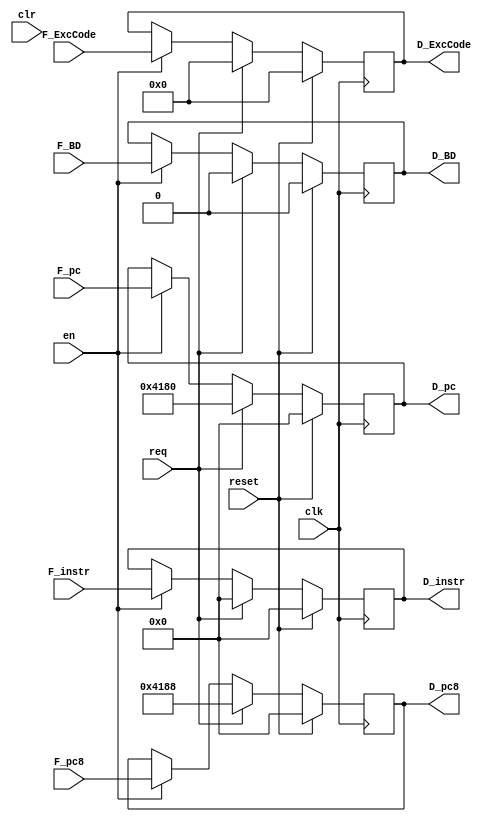
`timescale 1ns / 1ps
//////////////////////////////////////////////////////////////////////////////////
// Company: 
// Engineer: 
// 
// Design Name: 
// Module Name:    regD 
// Project Name: 
// Target Devices: 
// Tool versions: 
// Description: 
//
// Dependencies: 
//
// Revision: 
// Revision 0.01 - File Created
// Additional Comments: 
//
//////////////////////////////////////////////////////////////////////////////////
module regD(
input wire clk,
input wire reset, // tongbu reset
input wire req,
input wire en, //en = ~stall
input wire clr,
input wire [4:0] F_ExcCode,
input wire F_BD,
input wire [31:0] F_instr,
input wire [31:0] F_pc,
input wire [31:0] F_pc8,
output wire [4:0] D_ExcCode,
output wire D_BD,
output wire [31:0] D_instr,
output wire [31:0] D_pc,
output wire [31:0] D_pc8
    );
reg [31:0] instr;
reg [31:0] pc;
reg [31:0] pc8;	 
reg [4:0] ExcCode;
reg BD;
always@(posedge clk)begin
	if(reset )begin 
	instr <= 32'b0;
	pc <= 32'b0;
	pc8 <= 32'b0;
	ExcCode <= 5'b0;
	BD <= 1'b0;
	end
	else if  (req) begin
	instr <= 32'b0;
	pc <= 32'h0000_4180;
	pc8 <= 32'h0000_4188;
	ExcCode <= 5'b0;
	BD <= 1'b0;
	end
	else if (en) begin
	instr <= F_instr;
	pc <= F_pc;
	pc8 <= F_pc8;
	ExcCode <= F_ExcCode;
	BD <= F_BD;
	end
	else begin   //stall
	instr <= instr;
	pc <= pc;
	pc8 <= pc8;
	ExcCode <= ExcCode;
	BD <= BD;
	end
end
assign D_instr = instr;
assign D_pc = pc;
assign D_pc8 = pc8;
assign D_ExcCode = ExcCode;
assign D_BD = BD;
endmodule